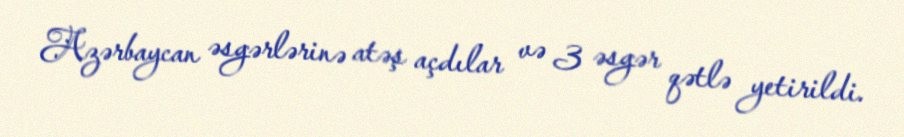
Azərbaycan əsgərlərinə atəş açdılar və 3 əsgər qətlə yetirildi.